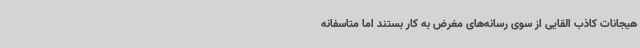
هیجانات کاذب القایی از سوی رسانه‌های مغرض به کار بستند اما متاسفانه